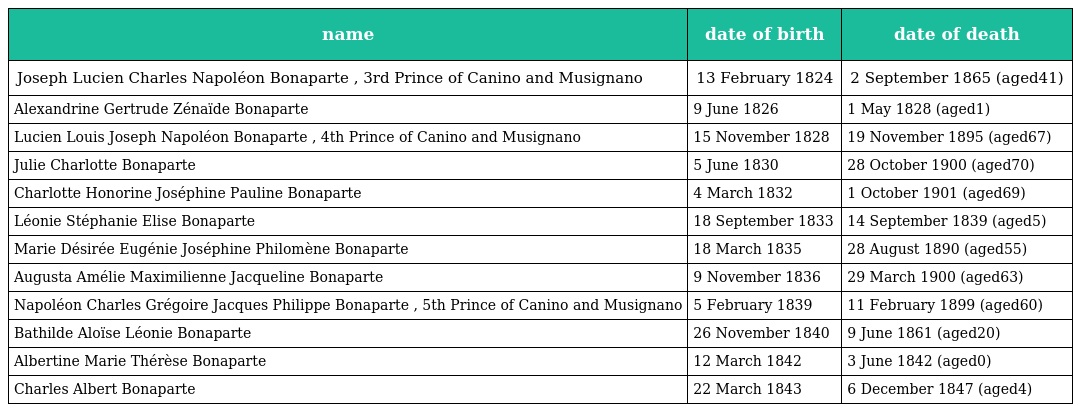
| name | date of birth | date of death |
 | --- | --- | --- |
 | Joseph Lucien Charles Napoléon Bonaparte , 3rd Prince of Canino and Musignano | 13 February 1824 | 2 September 1865 (aged41) |
 | Alexandrine Gertrude Zénaïde Bonaparte | 9 June 1826 | 1 May 1828 (aged1) |
 | Lucien Louis Joseph Napoléon Bonaparte , 4th Prince of Canino and Musignano | 15 November 1828 | 19 November 1895 (aged67) |
 | Julie Charlotte Bonaparte | 5 June 1830 | 28 October 1900 (aged70) |
 | Charlotte Honorine Joséphine Pauline Bonaparte | 4 March 1832 | 1 October 1901 (aged69) |
 | Léonie Stéphanie Elise Bonaparte | 18 September 1833 | 14 September 1839 (aged5) |
 | Marie Désirée Eugénie Joséphine Philomène Bonaparte | 18 March 1835 | 28 August 1890 (aged55) |
 | Augusta Amélie Maximilienne Jacqueline Bonaparte | 9 November 1836 | 29 March 1900 (aged63) |
 | Napoléon Charles Grégoire Jacques Philippe Bonaparte , 5th Prince of Canino and Musignano | 5 February 1839 | 11 February 1899 (aged60) |
 | Bathilde Aloïse Léonie Bonaparte | 26 November 1840 | 9 June 1861 (aged20) |
 | Albertine Marie Thérèse Bonaparte | 12 March 1842 | 3 June 1842 (aged0) |
 | Charles Albert Bonaparte | 22 March 1843 | 6 December 1847 (aged4) |